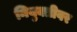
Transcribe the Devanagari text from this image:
नियुक्तीवर